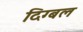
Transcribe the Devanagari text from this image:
दिग्बल